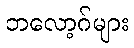
ဘလော့ဂ်များ